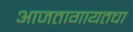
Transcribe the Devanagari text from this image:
आजतागायतचा